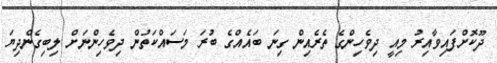
ދޫކޮށްފައިވާއިރު މިއީ ދިވެހިންގެ ތެރެއިން ގިނަ ބައެއްގެ ބުރަ މަސައްކަތުން ދިވެހިންނަށް ލިބިގެންދިޔަ